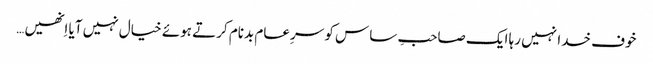
خوف خدا نہیں رہا ایک صاحبِ ساس کو سرِعام بدنام کرتے ہوئے خیال نہیں آیا اِنھیں…